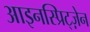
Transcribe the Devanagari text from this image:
आइनस्प्रिट्ज़ेन